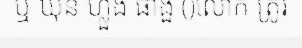
ឬ ឃុន ហ្លួង ផាងួ ()លោក ត្រូវ